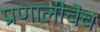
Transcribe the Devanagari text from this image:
प्रणालीचेच